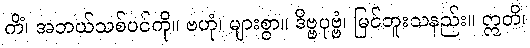
ကိံ၊ အဘယ်သစ်ပင်ကို။ ဗဟုံ၊ များစွာ။ ဒိဗ္ဗပုဗ္ဗံ၊ မြင်ဘူးသနည်း။ ဣတိ၊